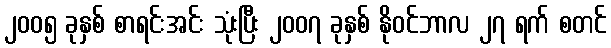
၂၀၀၅ ခုနှစ် စာရင်းအင်း သုံးပြီး ၂၀၀၇ ခုနှစ် နိုဝင်ဘာလ ၂၇ ရက် စတင်